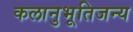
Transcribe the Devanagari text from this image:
कलानुभूतिजन्य